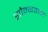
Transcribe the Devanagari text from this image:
सौम्यवान